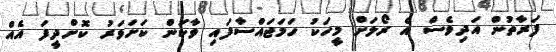
ފަރާތުން އަދިވެސް އެ ރޯލަށް މީހަކު ހަމަޖައްސާފައި ވާކަން ކަށަވަރު ކޮށްދީފަ އެއް